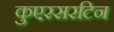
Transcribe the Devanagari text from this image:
कुएरसरटिन